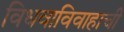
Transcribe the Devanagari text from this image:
विधवाविवाहाची